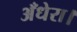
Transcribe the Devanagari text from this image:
अँधेरा।